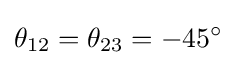
\theta _{12}=\theta _{23}=-45^{\circ }